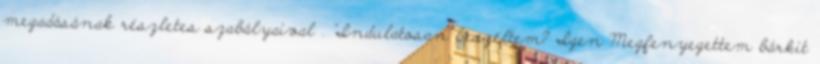
megadásának részletes szabályaival . "Indulatosan beszéltem? Igen Megfenyegettem bárkit